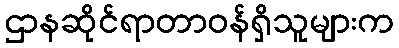
ဌာနဆိုင်ရာတာဝန်ရှိသူများက